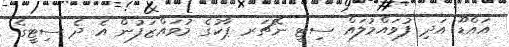
އައްޑޫ އަދި ފުވައްމުލައް ސިޓީ ނޭޗަރ ޕާކުގެ މުވައްޒަފުން އެ ދެ ސިޓީގެ